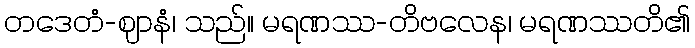
တဒေတံ-ဈာနံ၊ သည်။ မရဏဿ-တိဗလေန၊ မရဏဿတိ၏